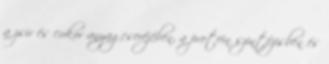
a zsír és cukor anyagcseréjében, a protein szintézisben és